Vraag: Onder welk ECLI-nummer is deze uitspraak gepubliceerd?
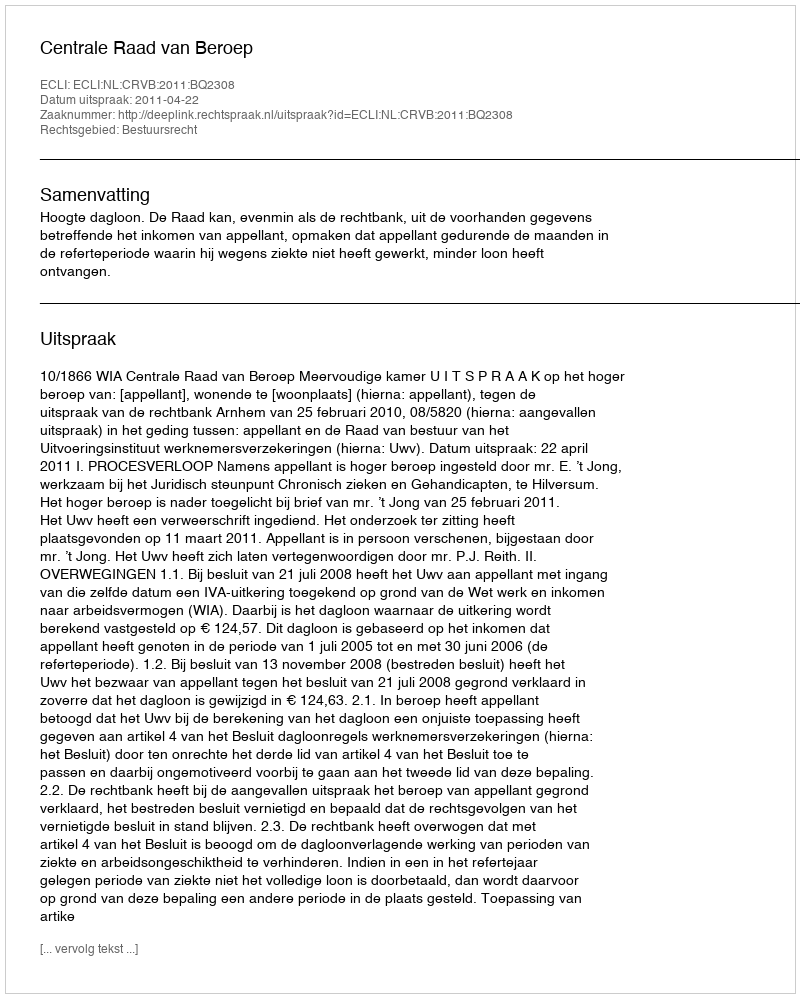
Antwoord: ECLI:NL:CRVB:2011:BQ2308